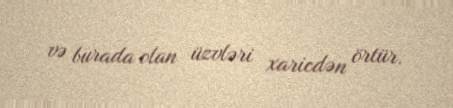
və burada olan üzvləri xaricdən örtür.